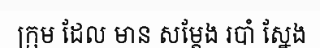
ក្រុម ដែល មាន សម្តែង របាំ ស្នែង